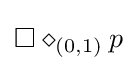
\square \diamond _{(0,1)}p